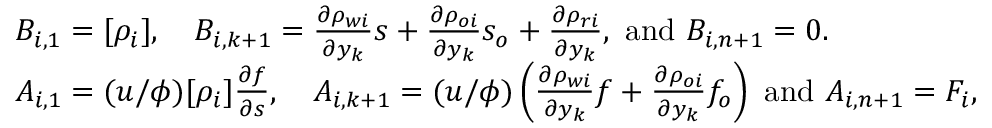
\begin{array} { r l } & { B _ { i , 1 } = [ \rho _ { i } ] , \quad B _ { i , k + 1 } = \frac { \partial \rho _ { w i } } { \partial y _ { k } } s + \frac { \partial \rho _ { o i } } { \partial y _ { k } } s _ { o } + \frac { \partial \rho _ { r i } } { \partial y _ { k } } , \mathrm { ~ a n d ~ } B _ { i , n + 1 } = 0 . } \\ & { A _ { i , 1 } = ( u / \phi ) [ \rho _ { i } ] \frac { \partial f } { \partial s } , \quad A _ { i , k + 1 } = ( u / \phi ) \left( \frac { \partial \rho _ { w i } } { \partial y _ { k } } f + \frac { \partial \rho _ { o i } } { \partial y _ { k } } f _ { o } \right) \mathrm { ~ a n d ~ } A _ { i , n + 1 } = F _ { i } , } \end{array}